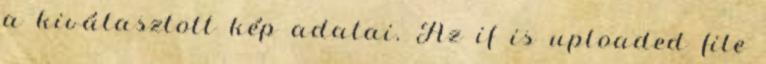
a kiválasztott kép adatai. Az if is uploaded file